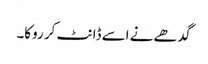
گدھے نے اسے ڈانٹ کر روکا۔